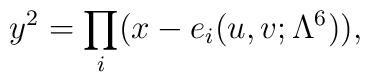
y^2 = \prod_i (x-e_i(u,v;\Lambda^6)),